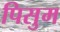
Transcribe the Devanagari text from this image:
पिसुम